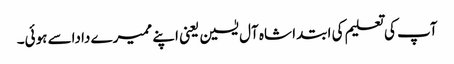
آپ کی تعلیم کی ابتدا شاہ آل یٰسین یعنی اپنے ممیرے داداسے ہوئی۔